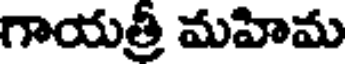
గాయత్రీ మహిమ